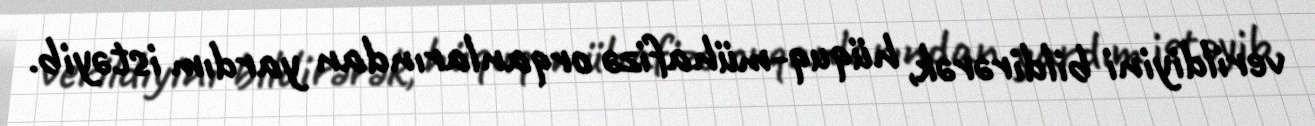
verildiyini bildirərək, hüquq-mühafizə orqanlarından yardım istəyib.